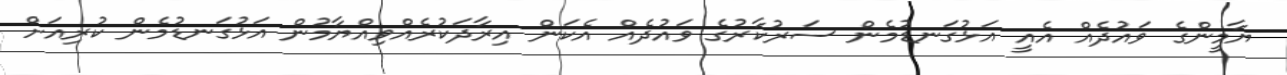
ޔާމީންގެ ވައުދެއް އެއީ އަޅުގަނޑުމެން ސަރުކާރުގެ ވައުދެއް އެކަން އިރާދަކުރެއްވިއްޔާމުން އަޅުގަނޑުމެން ކުރިއަށް